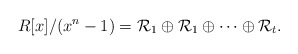
\begin{align*}R[x]/(x^n-1)=\mathcal {R}_1\oplus \mathcal {R}_1 \oplus \cdots\oplus \mathcal {R}_t.\end{align*}